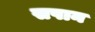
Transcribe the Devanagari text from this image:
सपान